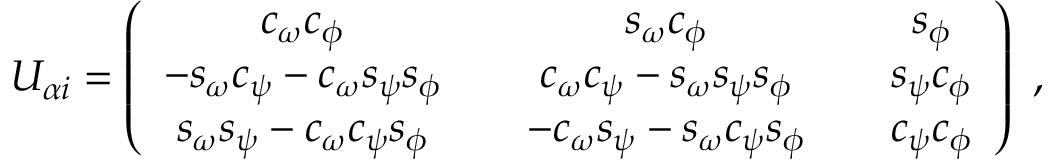
U _ { \alpha i } = \left( \begin{array} { c c c c c } { { c _ { \omega } c _ { \phi } } } & { { } } & { { s _ { \omega } c _ { \phi } } } & { { } } & { { s _ { \phi } } } \\ { { - s _ { \omega } c _ { \psi } - c _ { \omega } s _ { \psi } s _ { \phi } } } & { { } } & { { c _ { \omega } c _ { \psi } - s _ { \omega } s _ { \psi } s _ { \phi } } } & { { } } & { { s _ { \psi } c _ { \phi } } } \\ { { s _ { \omega } s _ { \psi } - c _ { \omega } c _ { \psi } s _ { \phi } } } & { { } } & { { - c _ { \omega } s _ { \psi } - s _ { \omega } c _ { \psi } s _ { \phi } } } & { { } } & { { c _ { \psi } c _ { \phi } } } \end{array} \right) \ ,